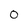
Character: 0